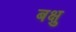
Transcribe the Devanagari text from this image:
बक्षु